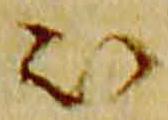
被